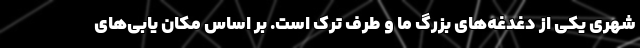
شهری یکی از دغدغه‌های بزرگ ما و طرف ترک است. بر اساس مکان یابی‌های